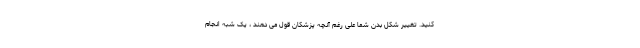
کنید. تغییر شکل بدن شما علی رغم آنچه پزشکان قول می دهند ، یک شبه انجام